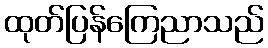
ထုတ်ပြန်ကြေညာသည်